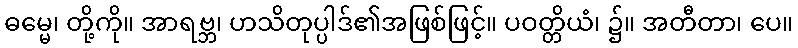
ဓမ္မေ၊ တို့ကို။ အာရဗ္ဘ၊ ဟသိတုပ္ပါဒ်၏အဖြစ်ဖြင့်။ ပဝတ္တိယံ၊ ၌။ အတီတာ၊ ပေ။